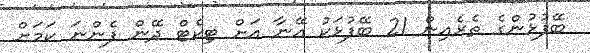
ބޭފުޅުންގެ ތެރެއިން 21 ބޭފުޅަކު އޭނާ އަށް ޓިކެޓް ދޭން ފެންނަ ކަމަށް